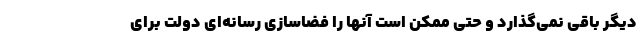
دیگر باقی نمی‌گذارد و حتی ممکن است آنها را فضاسازی رسانه‌ای دولت برای